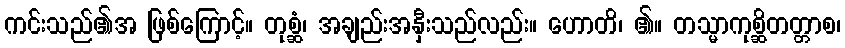
ကင်းသည်၏အ ဖြစ်ကြောင့်။ တုစ္ဆံ၊ အချည်းအနှီးသည်လည်း။ ဟောတိ၊ ၏။ တသ္မာကုစ္ဆိတတ္တာစ၊